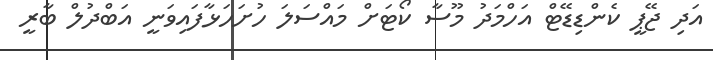
އަދި ޖޭޕީ ކެންޑިޑޭޓް އަހްމަދު މޫސާ ކޯޓަށް މައްސަލަ ހުށަހަޅާފައިވަނީ އަބްދުލް ބާރީ